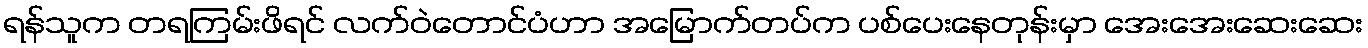
ရန်သူက တရကြမ်းဖိရင် လက်ဝဲတောင်ပံဟာ အမြောက်တပ်က ပစ်ပေးနေတုန်းမှာ အေးအေးဆေးဆေး